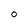
Character: 0